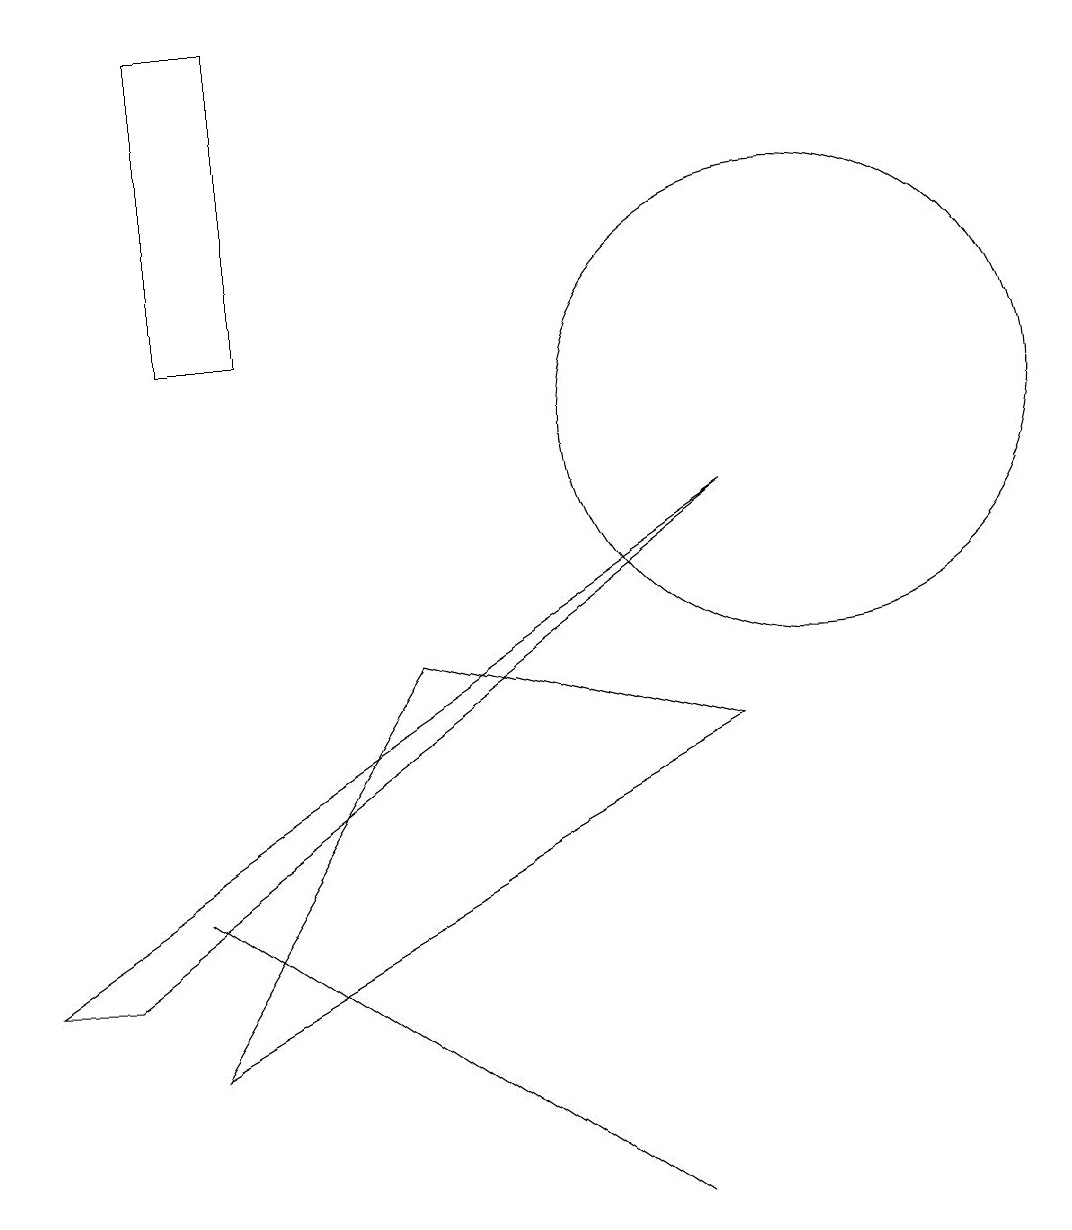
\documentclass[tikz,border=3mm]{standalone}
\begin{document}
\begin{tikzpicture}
\draw (10,10) circle (3);
\draw (2,4) -- (8,0) -- (5,2) -- cycle;
\draw (2,2) -- (5,7) -- (9,6) -- cycle;
\draw (0,3) -- (9,9) -- (1,3) -- cycle;
\draw (2,11) rectangle (3,15);
\draw (10,10) circle (0);
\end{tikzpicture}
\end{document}